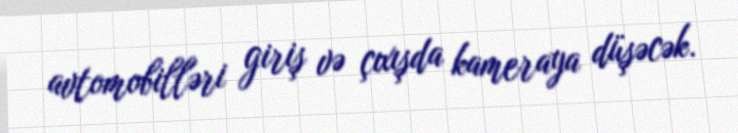
avtomobilləri giriş və çıxışda kameraya düşəcək.